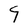
Character: 9